Annual report of the Civil Veterinary Department, Bengal, for the year 1896-97 - 1896-1897
Year: 1896
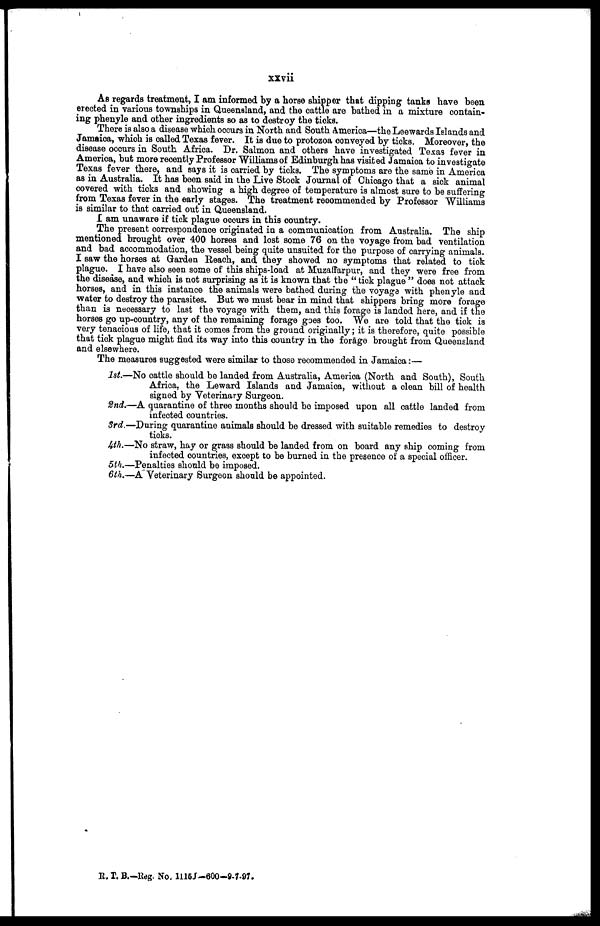
xxvii
As regards treatment, I am informed by a horse shipper that dipping tanks have been
erected in various townships in Queensland, and the cattle are bathed in a mixture contain-
ing phenyle and other ingredients so as to destroy the ticks.
There is also a disease which occurs in North and South America—the Leewards Islands and
Jamaica, which is called Texas fever. It is due to protozoa conveyed by ticks, Moreover, the
disease occurs in South Africa. Dr. Salmon and others have investigated Texas fever in
America, but more recently Professor Williams of Edinburgh has visited Jamaica to investigate
Texas fever there, and says it is carried by ticks. The symptoms are the same in America
as in Australia. It has been said in the Live Stock Journal of Chicago that a sick animal
covered with ticks and showing a high degree of temperature is almost sure to be suffering
from Texas fever in the early stages. The treatment recommended by Professor Williams
is similar to that carried out in Queensland.
I am unaware if tick plague ocours in this country.
The present correspondence originated in a communication from Australia. The ship
mentioned brought over 400 horses and lost some 76 on the voyage from bad ventilation
and bad accommodation, the vessel being quite unsuited for the purpose of carrying animals.
I saw the horses at Garden Reach, and they showed no symptoms that related to tick
plague. I have also seen some of this ships-load at Muzaffarpur, and they were free from
the disease, and which is not surprising as it is known that the " tick plague " does not attack
horses, and in this instance the animals were bathed during the voyage with phenyle and
water to destroy the parasites. But we must bear in mind that shippers bring more forage
than is necessary to last the voyage with them, and this forage is landed here, and if the
horses go up-country, any of the remaining forage goes too. We are told that the tick is
very tenacious of life, that it comes from the ground originally; it is therefore, quite possible
that tick plague might find its way into this country in the forage brought from Queensland
and elsewhere.
The measures suggested were similar to those recommended in Jamaica:—
1st.—No cattle should be landed from Australia, America (North and South), South
Africa, the Leward Islands and Jamaica, without a clean bill of health
signed by Veterinary Surgeon.
2nd.—A quarantine of three months should be imposed upon all cattle landed from
infected countries.
3rd.—During quarantine animals should be dressed with suitable remedies to destroy
ticks.
4th.—No straw, hay or grass should be landed from on board any ship coming from
infected countries, except to be burned in the presence of a special officer.
5th.—Penalties should be imposed.
6th.—A Veterinary Surgeon should be appointed.
R. T. B.—Reg. No, 1115f-600-8-7-97.